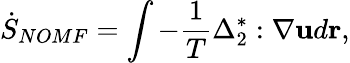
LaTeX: {{\dot{S}}_{NOMF}}=\int{-\frac{1}{T}{{\Delta}}_{2}^{*}:\nabla{\mathbf{u}}d{\mathbf{r}}},